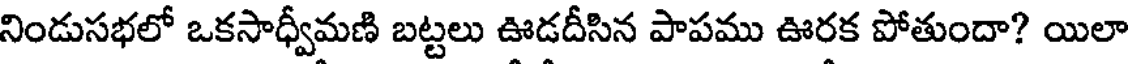
నిండుసభలో ఒకసాధ్వీమణి బట్టలు ఊడదీసిన పాపము ఊరక పోతుందా? యిలా